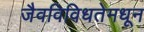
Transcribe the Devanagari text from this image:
जैवविविधतेमधून